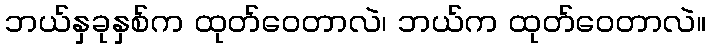
ဘယ်နှခုနှစ်က ထုတ်ဝေတာလဲ၊ ဘယ်က ထုတ်ဝေတာလဲ။